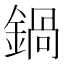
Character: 鍋